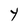
Character: Y